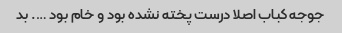
جوجه کباب اصلا درست پخته نشده بود و خام بود …. بد